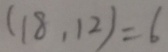
( 1 8 , 1 2 ) = 6